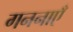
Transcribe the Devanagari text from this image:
गननाएँ